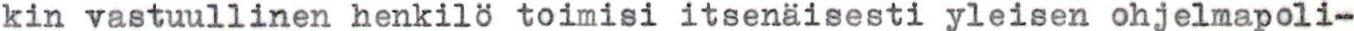
kin vastuullinen henkilö toimisi itsenäisesti yleisen ohjelmapoli-